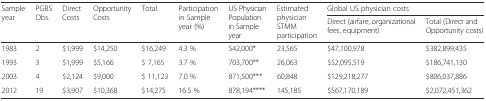
<table><thead><tr><td rowspan="2"><b>Sample year</b></td><td rowspan="2"><b>PGBS Obs.</b></td><td rowspan="2"><b>Direct Costs</b></td><td rowspan="2"><b>Opportunity Costs</b></td><td rowspan="2"><b>Total</b></td><td rowspan="2"><b>Participation in Sample year (%)</b></td><td rowspan="2"><b>US Physician Population in Sample year</b></td><td rowspan="2"><b>Estimated physician STMM participation</b></td><td colspan="2"><b>Global US physician costs</b></td></tr><tr><td><b>Direct (airfare, organizational fees, equipment)</b></td><td><b>Total (Direct and Opportunity costs)</b></td></tr></thead><tbody><tr><td>1983</td><td>2</td><td>$1,999</td><td>$14,250</td><td>$16,249</td><td>4.3 %</td><td>542,000*</td><td>23,565</td><td>$47,100,978</td><td>$382,899,435</td></tr><tr><td>1993</td><td>3</td><td>$1,999</td><td>$5,166</td><td>$ 7,165</td><td>3.7 %</td><td>703,700**</td><td>26,063</td><td>$52,095,519</td><td>$186,741,130</td></tr><tr><td>2003</td><td>4</td><td>$2,124</td><td>$9,000</td><td>$ 11,123</td><td>7.0 %</td><td>871,500***</td><td>60,848</td><td>$129,218,277</td><td>$806,037,886</td></tr><tr><td>2012</td><td>19</td><td>$3,907</td><td>$10,368</td><td>$14,275</td><td>16.5 %</td><td>878,194****</td><td>145,185</td><td>$567,170,189</td><td>$2,072,451,362</td></tr></tbody></table>